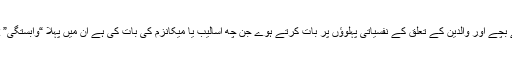
ڈاکٹر اختر احسن نے بچے اور والدین کے تعلق کے نفسیاتی پہلوؤں پر بات کرتے ہوے جن چھ اسالیب یا میکانزم کی بات کی ہے ان میں پہلا “وابستگی” Attachment ہے۔